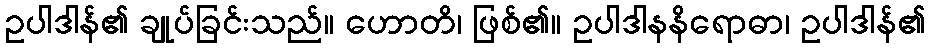
ဥပါဒါန်၏ ချုပ်ခြင်းသည်။ ဟောတိ၊ ဖြစ်၏။ ဥပါဒါနနိရောဓာ၊ ဥပါဒါန်၏